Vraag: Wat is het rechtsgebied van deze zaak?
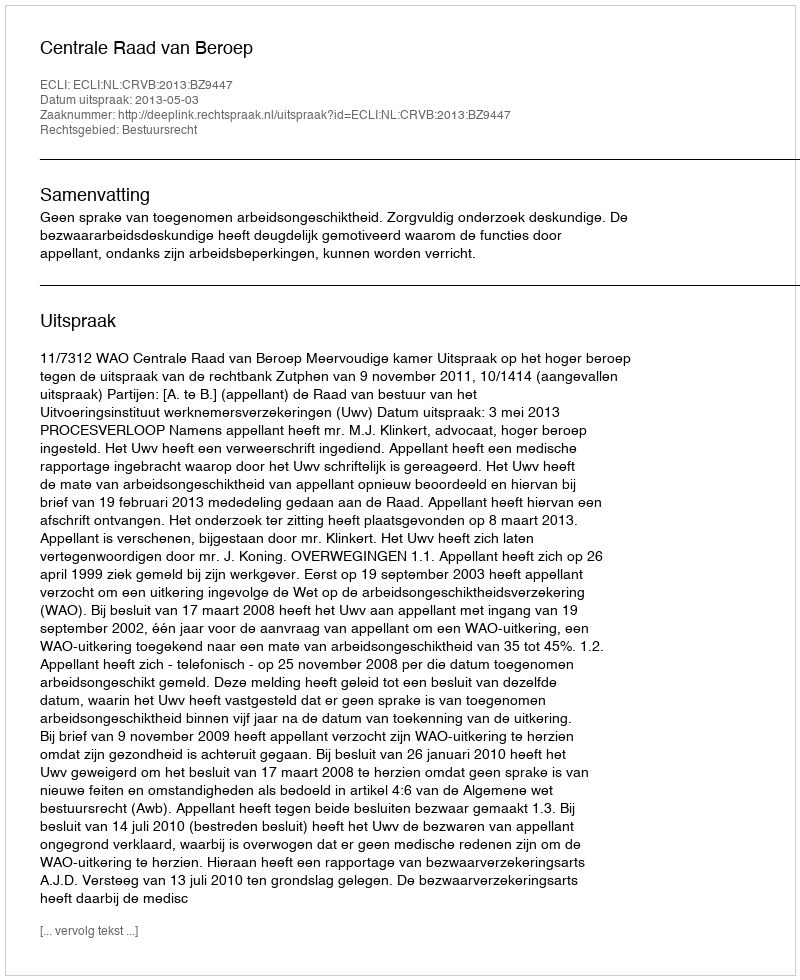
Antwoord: Bestuursrecht